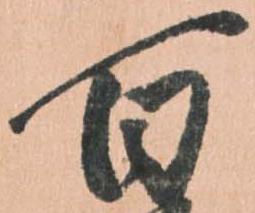
百